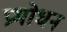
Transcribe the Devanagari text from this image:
प्रभोधन